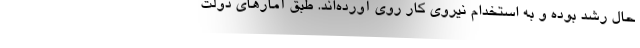
حال رشد بوده و به استخدام نیروی کار روی آورده‌اند. طبق آمارهای دولت